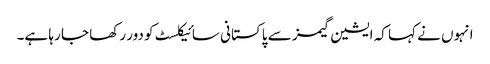
انہوں نے کہا کہ ایشین گیمز سے پاکستانی سائیکلسٹ کو دور رکھا جا رہا ہے۔